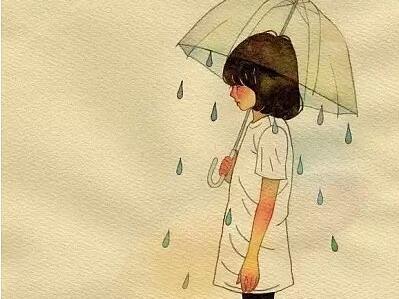
前虑不定，后有大患。